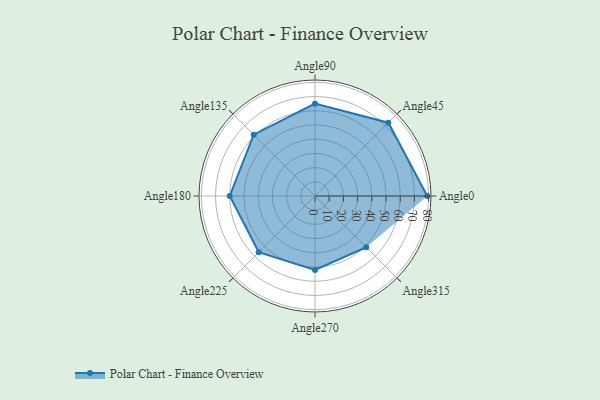
{"axis": {"x": "Angle", "y": "Radius"}, "legend": [""], "data": [{"x": "Angle0", "y": 79.0, "type": ""}, {"x": "Angle45", "y": 73.0, "type": ""}, {"x": "Angle90", "y": 65.0, "type": ""}, {"x": "Angle135", "y": 61.0, "type": ""}, {"x": "Angle180", "y": 60.0, "type": ""}, {"x": "Angle225", "y": 56.0, "type": ""}, {"x": "Angle270", "y": 52.0, "type": ""}, {"x": "Angle315", "y": 51.0, "type": ""}]}